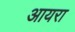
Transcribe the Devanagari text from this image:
आयरा